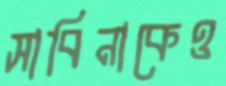
সাবিনাকেও